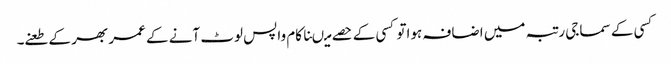
کسی کے سماجی رتبہ میں اضافہ ہواتو کسی کے حصے میںناکام واپس لوٹ آنے کے عمر بھر کے طعنے۔